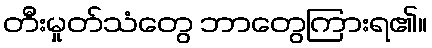
တီးမှုတ်သံတွေ ဘာတွေကြားရ၏။